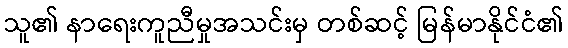
သူ၏ နာရေးကူညီမှုအသင်းမှ တစ်ဆင့် မြန်မာနိုင်ငံ၏